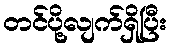
တင်ပို့လျက်ရှိပြီး